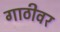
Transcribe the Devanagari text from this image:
गाठीवर